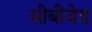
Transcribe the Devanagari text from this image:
सीबीजेड